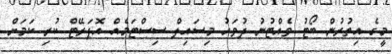
މީގެ އިތުރުން ބޯޓު ވެއްޓުނު ދުވަހު މިސައިލް ސިސްޓަމެއް އޮޕަރޭޓް ކުރި ކަމަށް